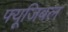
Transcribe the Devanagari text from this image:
फ्यूजिबल